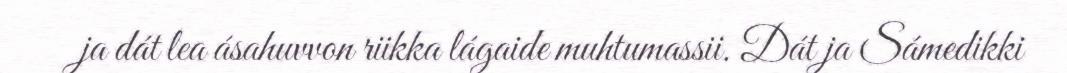
ja dát lea ásahuvvon riikka lágaide muhtumassii. Dát ja Sámedikki